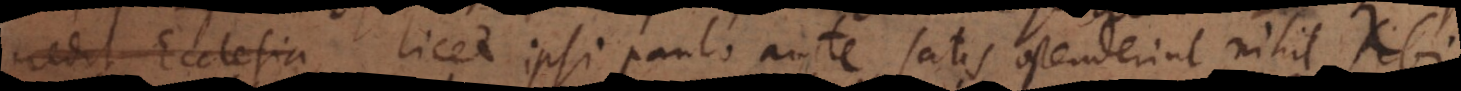
receptum est licet ipsi paulo ante satis ostenderint nihil sibi